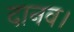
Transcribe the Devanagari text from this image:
दानव।